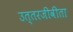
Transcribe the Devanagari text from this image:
उत्तरजीवीता